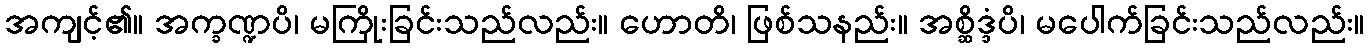
အကျင့်၏။ အက္ခဏ္ဍပိ၊ မကြိုးခြင်းသည်လည်း။ ဟောတိ၊ ဖြစ်သနည်း။ အစ္ဆိဒ္ဒံပိ၊ မပေါက်ခြင်းသည်လည်း။